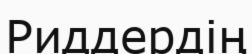
Риддердің